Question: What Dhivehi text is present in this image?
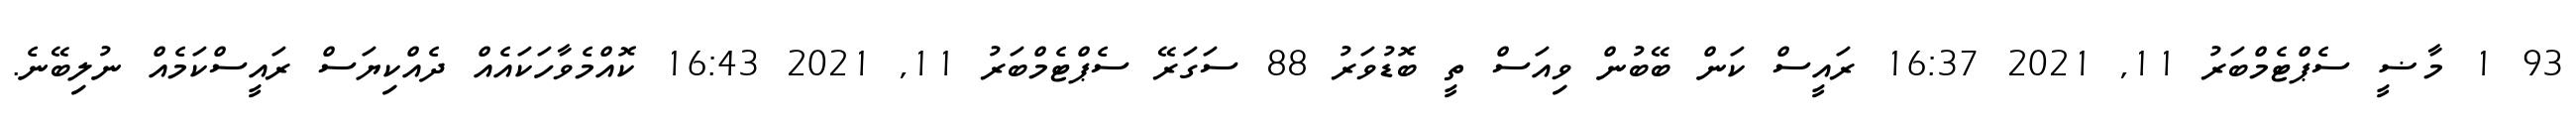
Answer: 93 1 މާޟީ ސެޕްޓެމްބަރު 11, 2021 16:37 ރައީސް ކަން ބޭބުން ވިއަސް ތީ ބޮޑުވަރު 88 ސަގަރޭ ސެޕްޓެމްބަރު 11, 2021 16:43 ކޮއްމެވާހަކައެއް ދެއްކިޔަސް ރައީސްކަމެއް ނުލިބޭނެ.